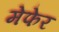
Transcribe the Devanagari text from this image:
मेफेर